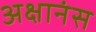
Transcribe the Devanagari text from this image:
अक्षानंस